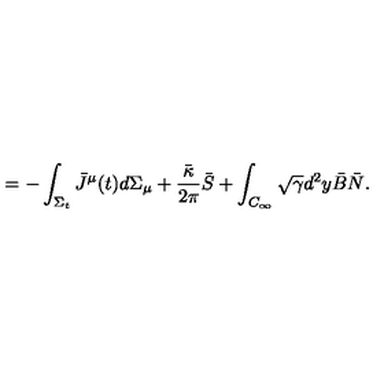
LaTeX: = - \int _ { \Sigma _ { t } } \bar { J } ^ { \mu } ( t ) d \Sigma _ { \mu } + { \frac { \bar { \kappa } } { 2 \pi } } \bar { S } + \int _ { C _ { \infty } } \sqrt { \gamma } d ^ { 2 } y \bar { B } \bar { N } .